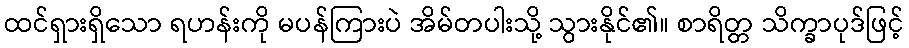
ထင်ရှားရှိသော ရဟန်းကို မပန်ကြားပဲ အိမ်တပါးသို့ သွားနိုင်၏။ စာရိတ္တ သိက္ခာပုဒ်ဖြင့်